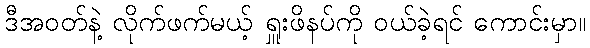
ဒီအဝတ်နဲ့ လိုက်ဖက်မယ့် ရှူးဖိနပ်ကို ဝယ်ခဲ့ရင် ကောင်းမှာ။